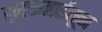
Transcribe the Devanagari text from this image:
स्वकमाईतून